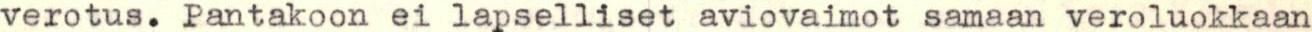
verotus. Pantakoon ei lapselliset aviovaimot samaan veroluokkaan